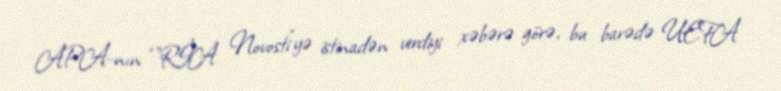
APA-nın “”RİA Novosti”yə istinadən verdiyi xəbərə görə, bu barədə UEFA